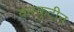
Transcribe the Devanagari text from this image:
कस्कुटीन